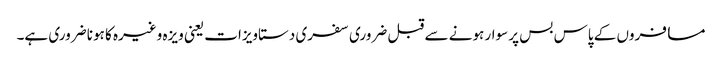
مسافروں کے پاس بس پر سوار ہونے سے قبل ضروری سفری دستاویزات یعنی ویزہ وغیرہ کا ہونا ضروری ہے۔